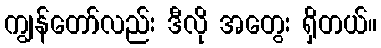
ကျွန်တော်လည်း ဒီလို အတွေး ရှိတယ်။